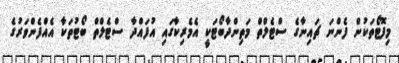
މިފޮޓޯތަކުން ފެންނަ ޗައިނާގެ ސްޓެލްތް މަތިންދާބޯޓަކީ އެމެރިކާގައި އުފައްދާ ސްޓެލްތް ބޯޓުތަކާ އެއްފެންވަރުގެ